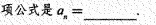
项公式是$$a _ { n } = ___$$.